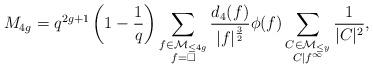
LaTeX: \begin{align*} M_{4g} = q^{2g+1} \left(1-\frac{1}{q} \right) \sum_{\substack{f \in \mathcal{M}_{\leq 4g} \\ f= \square}} \frac{d_4(f)}{|f|^{\frac{3}{2}}} \phi(f) \sum_{\substack{C \in \mathcal{M}_{\leq y} \\ C | f^{\infty}}} \frac{1}{|C|^2} , \end{align*}